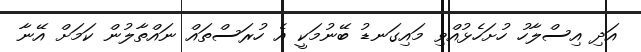
އަދި އިސްލާހު ހުށަހެޅުއްވި މައިގަނޑު ބޭނުމަކީ އެ ހުރަސްތައް ނައްތާލުން ކަމަށް އޭނާ